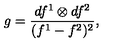
g = \frac { d f ^ { 1 } \otimes d f ^ { 2 } } { ( f ^ { 1 } - f ^ { 2 } ) ^ { 2 } } ,